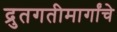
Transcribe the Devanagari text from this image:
द्रुतगतीमार्गांचे